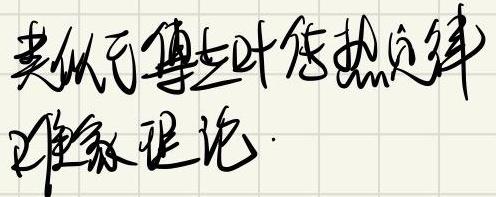
类似傅立叶传热定律唯象理论